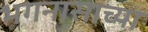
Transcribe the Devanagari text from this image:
भगनासाच्या